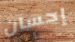
إحسان